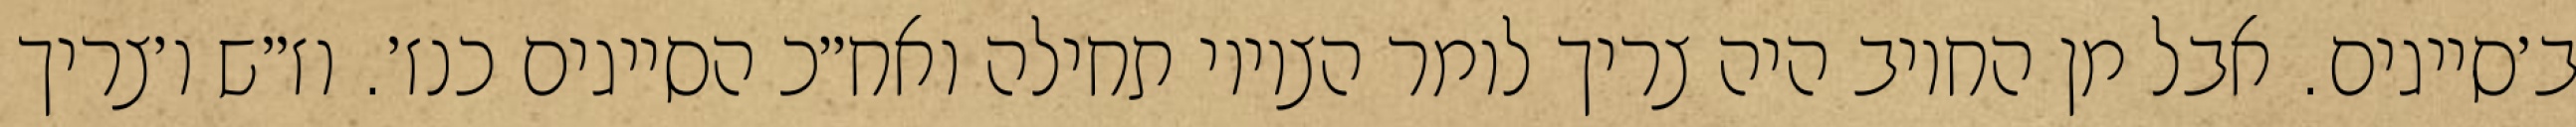
ב׳סייגים. אבל מן החיוב היה צריך לומר הציווי תחילה ואח״כ הסייגים כנז׳. וז״ש ו׳צריך